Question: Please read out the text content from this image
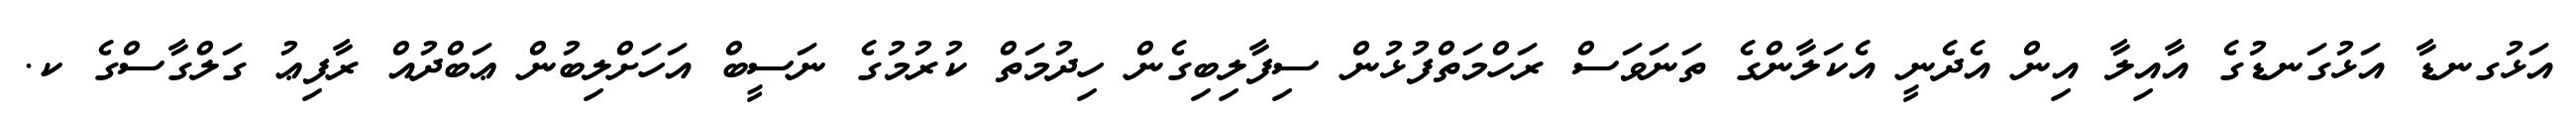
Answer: އަޅުގނޑާ އަޅުގަނޑުގެ އާއިލާ އިން އެދެނީ އެކަލާންގެ ތަނަވަސް ރަހްމަތްފުޅުން ސިފާލިބިގެން ހިދުމަތް ކުރުމުގެ ނަސީބް އަހަށްލިބުން ޢަބްދުއް ރާފިޢު ގަލްގާސްގެ ކ.